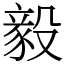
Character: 毅